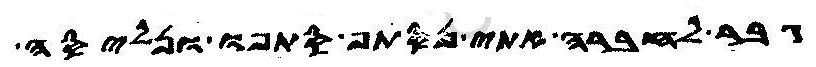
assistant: גבר לחברה אתי נסתף סתפו ונליסה